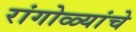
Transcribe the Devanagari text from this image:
रांगोळ्यांचे